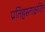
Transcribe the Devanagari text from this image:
प्रतिहस्ताक्षरित